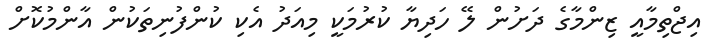
އިޖްތިމާއީ ޒިންމާގެ ދަށުން ލޭ ހަދިޔާ ކުރުމަކީ މިއަދު އެކި ކުންފުނިތަކުން އާންމުކޮށް